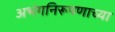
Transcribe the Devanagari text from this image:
अभंगनिरूपणाच्या